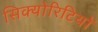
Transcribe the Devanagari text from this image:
सिक्योरिटियों